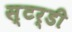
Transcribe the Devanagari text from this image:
स्टर्डी